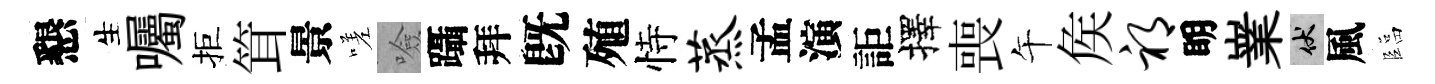
懇生囑拒䇯景嗟噞躡拜旣殖恃蒸孟演詎擇喪午矦祁眀嶪伏風臨